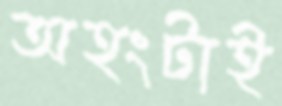
অহংটাই